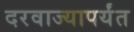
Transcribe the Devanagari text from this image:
दरवाज्यापर्यंत